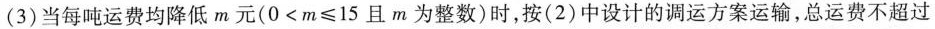
(3)当每吨运费均降低m元($$0<m≤15$$且m为整数)时，按(2)中设计的调运方案运输，总运费不超过